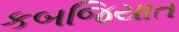
કબજિયાત